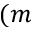
( m